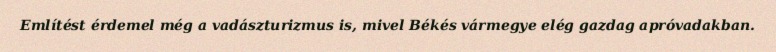
Említést érdemel még a vadászturizmus is, mivel Békés vármegye elég gazdag apróvadakban.